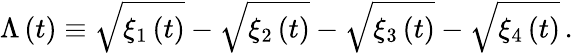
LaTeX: \Lambda\left(t\right)\equiv\sqrt{\xi_{1}\left(t\right)}-\sqrt{\xi_{2}\left(t\right)}-\sqrt{\xi_{3}\left(t\right)}-\sqrt{\xi_{4}\left(t\right)}\, .